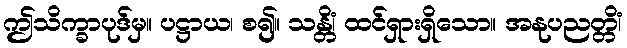
ဤသိက္ခာပုဒ်မှ။ ပဋ္ဌာယ၊ စ၍။ သန္တိံ၊ ထင်ရှားရှိသော။ အနုပညတ္တိံ၊